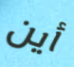
أين